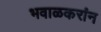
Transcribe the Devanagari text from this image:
भवाळकरांन